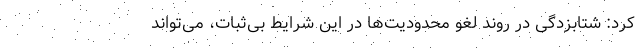
کرد: شتابزدگی در روند لغو محدودیت‌ها در این شرایط بی‌ثبات، می‌تواند